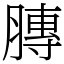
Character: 膞